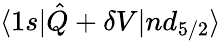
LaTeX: \langle 1s|\hat{Q}+\delta V|nd_{5/2}\rangle